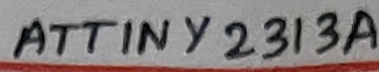
Text: ATTINY2313A